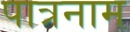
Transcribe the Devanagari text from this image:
पात्रनाम